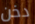
دخن